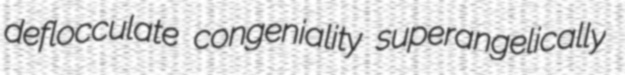
deflocculate congeniality superangelically